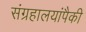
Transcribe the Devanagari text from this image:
संग्रहालयांपैकी